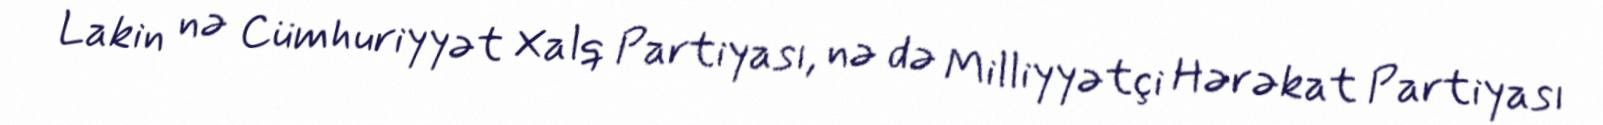
Lakin nə Cümhuriyyət Xalq Partiyası, nə də Milliyyətçi Hərəkat Partiyası